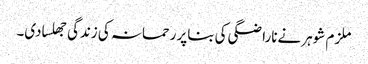
ملزم شوہر نےناراضگی کی بناپر رحمانہ کی زندگی جھلسادی۔